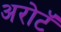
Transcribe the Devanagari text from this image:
अरोटॅ